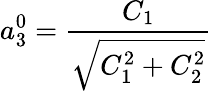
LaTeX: a_{3}^{0}=\frac{C_{1}}{\sqrt{C_{1}^{2}+C_{2}^{2}}}